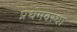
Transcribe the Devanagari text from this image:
प्रथमवस्था